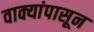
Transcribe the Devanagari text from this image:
वाक्यांपासून